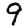
Digit: 9